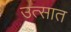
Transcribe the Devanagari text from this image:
उत्सात